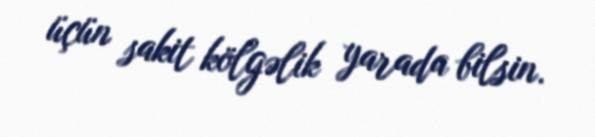
üçün sakit kölgəlik yarada bilsin.